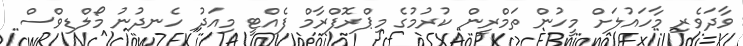
ވާދަވެރި މާހައުލަށް މީހުން ތަމްރީން ކުރުމުގެ މިޕްރޮފްރާމް ފެއްޓީ މިއަދު ހެނދުނު މޯލްޑިވްސް